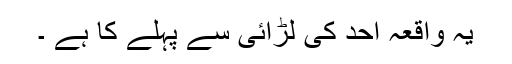
یہ واقعہ اُحد کی لڑائی سے پہلے کا ہے ۔